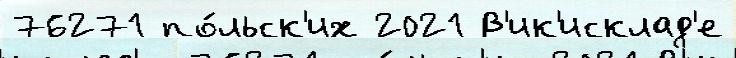
76271 по́льск'их 2021 В'ик'исклад'е